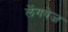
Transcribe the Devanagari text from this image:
लेंगवेज